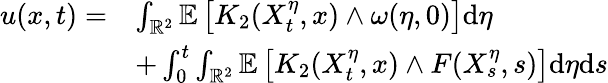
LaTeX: \begin{array}{rl}{u(x,t)=}&{\int_{\mathbb{R}^{2}}\mathbb{E}\left[K_{2}(X_{t}^{\eta},x)\wedge\omega(\eta,0)\right]\mathrm{d}\eta}\\ &{+\int_{0}^{t}\int_{\mathbb{R}^{2}}\mathbb{E}\left[K_{2}(X_{t}^{\eta},x)\wedge F(X_{s}^{\eta},s)\right]\mathrm{d}\eta\mathrm{d}s}\end{array}